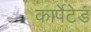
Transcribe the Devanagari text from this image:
कार्पेटेड